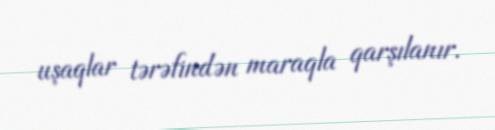
uşaqlar tərəfindən maraqla qarşılanır.